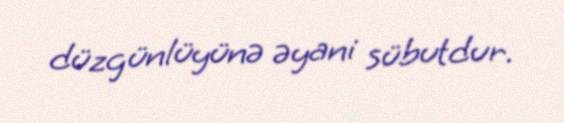
düzgünlüyünə əyani sübutdur.